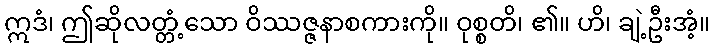
ဣဒံ၊ ဤဆိုလတ္တံ့သော ဝိဿဇ္ဇနာစကားကို။ ဝုစ္စတိ၊ ၏။ ဟိ၊ ချဲ့ဦးအံ့။